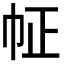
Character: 𢁿